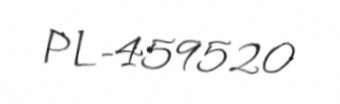
PL-459520